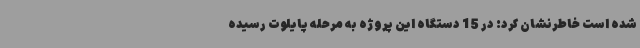
شده است خاطرنشان کرد: در 15 دستگاه این پروژه به مرحله پایلوت رسیده